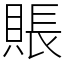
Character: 賬